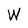
Character: W